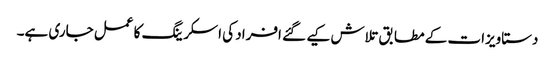
دستاویزات کے مطابق تلاش کیے گئے افراد کی اسکرینگ کا عمل جاری ہے۔